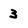
Character: 3